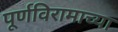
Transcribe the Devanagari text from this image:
पूर्णविरामाच्या